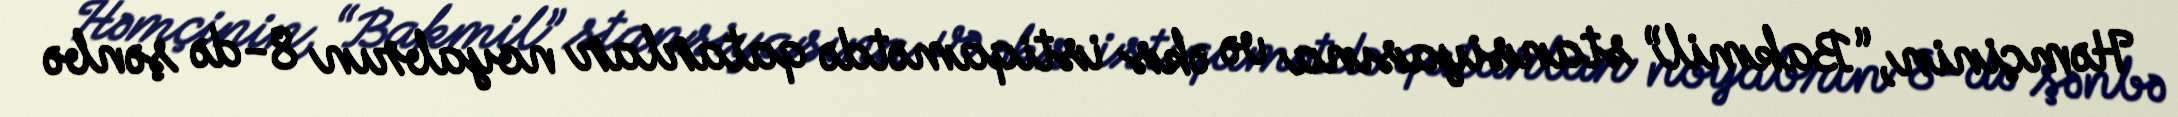
Həmçinin, “Bakmil” stansiyasına və əks istiqamətdə qatarlar noyabrın 8-də şənbə